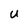
Character: U